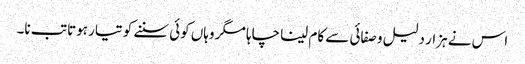
اس نے ہزار دلیل و صفائی سے کام لینا چاہا مگر وہاں کوئی سننے کو تیار ہوتا تب نا۔